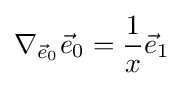
\nabla _{{\vec {e}}_{0}}{\vec {e}}_{0}={\frac {1}{x}}{\vec {e}}_{1}